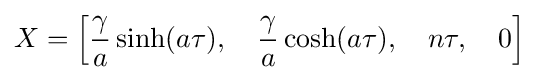
X=\left[{\frac {\gamma }{a}}\sinh(a\tau ),\quad {\frac {\gamma }{a}}\cosh(a\tau ),\quad n\tau ,\quad 0\right]